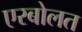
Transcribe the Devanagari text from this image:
एरबोलत